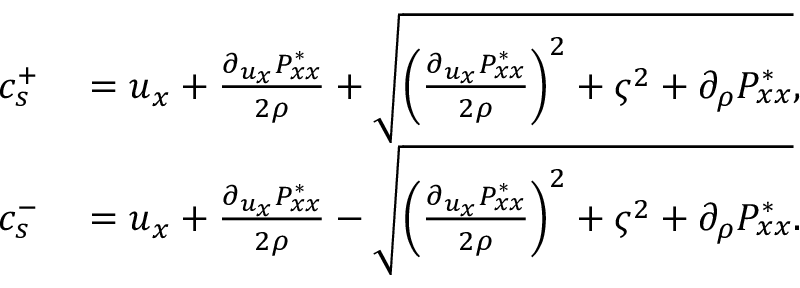
\begin{array} { r l } { c _ { s } ^ { + } } & { { } = u _ { x } + \frac { \partial _ { u _ { x } } P _ { x x } ^ { * } } { 2 \rho } + \sqrt { { \left( \frac { \partial _ { u _ { x } } P _ { x x } ^ { * } } { 2 \rho } \right) } ^ { 2 } + { \varsigma } ^ { 2 } + \partial _ { \rho } P _ { x x } ^ { * } } , } \\ { c _ { s } ^ { - } } & { { } = u _ { x } + \frac { \partial _ { u _ { x } } P _ { x x } ^ { * } } { 2 \rho } - \sqrt { { \left( \frac { \partial _ { u _ { x } } P _ { x x } ^ { * } } { 2 \rho } \right) } ^ { 2 } + { \varsigma } ^ { 2 } + \partial _ { \rho } P _ { x x } ^ { * } } . } \end{array}